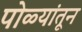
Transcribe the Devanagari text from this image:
पोळ्यांतून